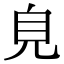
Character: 𧠆